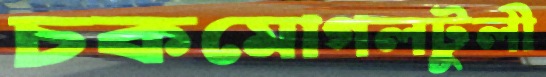
চকমোগলটুলী